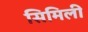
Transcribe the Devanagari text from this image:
सिमिली